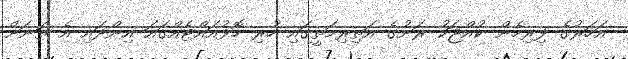
އަހަރުގެ ފިރިހެން ކުއްޖަކު ރަށުގެ އަތިރިމަތީގައި ހުރި ހޮޅުއައްޓެއްގައަ އިންދައި އެ ތަނަށް